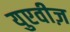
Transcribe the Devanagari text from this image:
युएवीज़